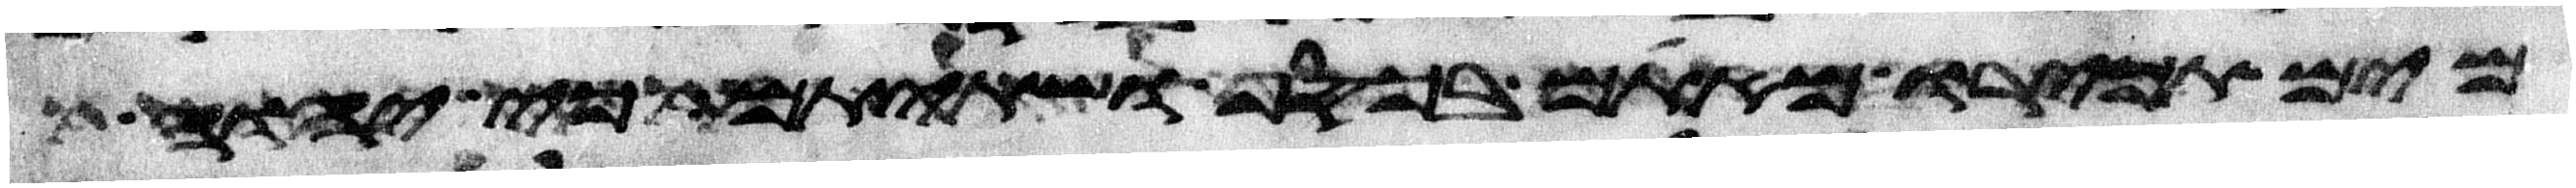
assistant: מים תכירו מאתם בכסף ושתיתם כי יהוה